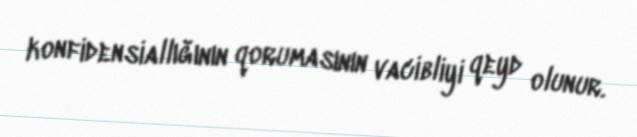
konfidensiallığının qorumasının vacibliyi qeyd olunur.